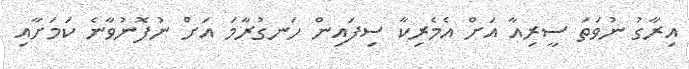
އިރާގު ނުވަތަ ސީރިއާ އަށް އެމެރިކާ ސިފައިން ހަނގުރާމަ އަށް ނުފޮނުވާނެ ކަމަށާއި